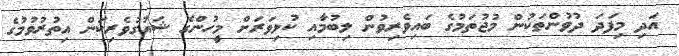
އަދި މިފަދަ ދުވުންތަކުން މުޖުތަމުގެ ބައިވެރިވުން ލިބުމާއި ކުޅިވަރަށް މީހުންގެ ޝައުގުވެރިކަން އިތުރުވުމުގެ